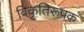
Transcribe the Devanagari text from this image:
विकृतिरूपक